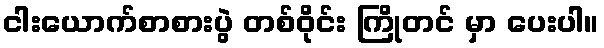
ငါးယောက်စာစားပွဲ တစ်ဝိုင်း ကြိုတင် မှာ ပေးပါ။